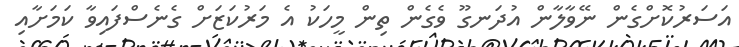
އަސަރުކޮށްގެން ނޭވާލާން އުދަނގޫ ވެގެން ތިން މީހަކު އެ މަރުކަޒަށް ގެނެސްފައިވާ ކަމަށާއި